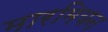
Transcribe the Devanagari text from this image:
मारमियन